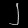
Digit: ၂